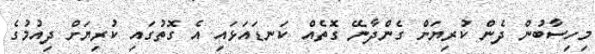
މިހިސާބުން ދެން ކުރިޔަށް ގެންދާނޭ ގޮތެއް ކަނޑައަޅައި އެ ގޮތުގައި ކުރިޔަށް ދިއުމުގެ